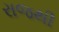
રાજથી